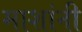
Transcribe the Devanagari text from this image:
माशांनी